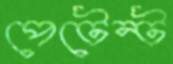
পেটেন্ট